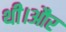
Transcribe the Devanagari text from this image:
थी।और